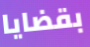
بقضايا